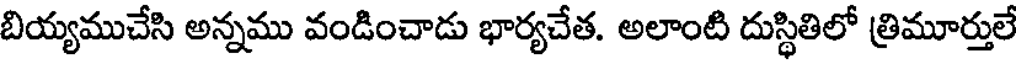
బియ్యముచేసి అన్నము వండించాడు భార్యచేత. అలాంటి దుస్థితిలో త్రిమూర్తులే